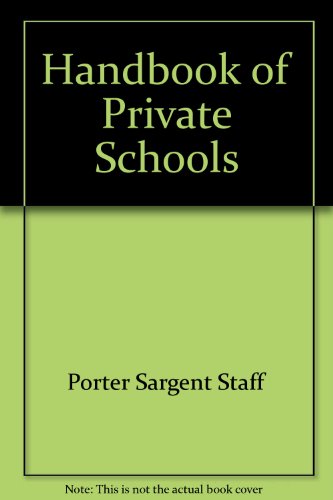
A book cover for The Handbook of Private Schools: An Annual Descriptive Survey of Independent Education; Porter Sargent Staff; Test Preparation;